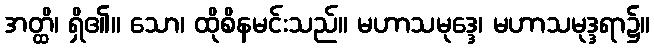
အတ္ထိ၊ ရှိ၏။ သော၊ ထိုစိနမင်းသည်။ မဟာသမုဒ္ဒေ၊ မဟာသမုဒ္ဒရာ၌။